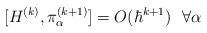
LaTeX: \begin{align*} [H^{(k)}, \pi^{(k+1)}_\alpha] = O(\hbar^{k+1}) ~~ \forall \alpha\end{align*}